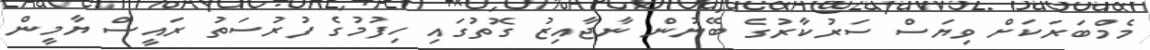
މެމްބަރަަކަށް ވިޔަސް ސަރުކާރުގެ ބޭނުން ނާޖާއިޒު ގޮތުގައި ހިފުމުގެ ފުރުސަތު ރައީސް ޔާމީން